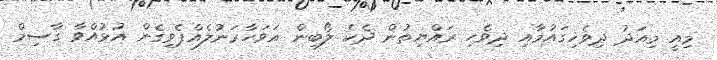
މިއީ މިއަދު ދިވެހިގައުމާއި ދިވެހި ރައްޔިތުން ދެކެ ލޯބިން އަވަހާރަނުލެއްޕެވިގެން އުޅުއްވާ ގާސިމް